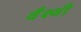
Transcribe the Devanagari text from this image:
वैश्वी